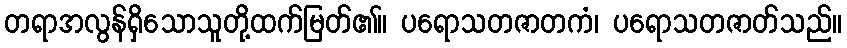
တရာအလွန်ရှိသောသူတို့ထက်မြတ်၏။ ပရောသတဇာတကံ၊ ပရောသတဇာတ်သည်။